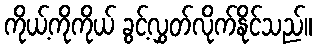
ကိုယ့်ကိုကိုယ် ခွင့်လွှတ်လိုက်နိုင်သည်။